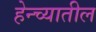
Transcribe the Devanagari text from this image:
हेन्च्यातील